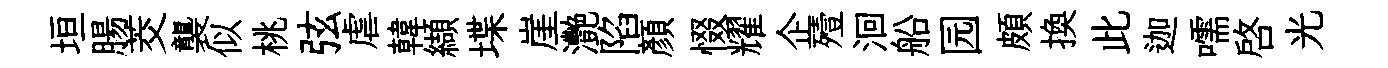
垣腸茭襲似桃弦虐韓纈堞崖灧陷顔惙耀企殪洄船园頗換此迦嚅啓光